Lunatic asylums Central Provinces reports 1874-1885 - 1874-1885
Year: 1874
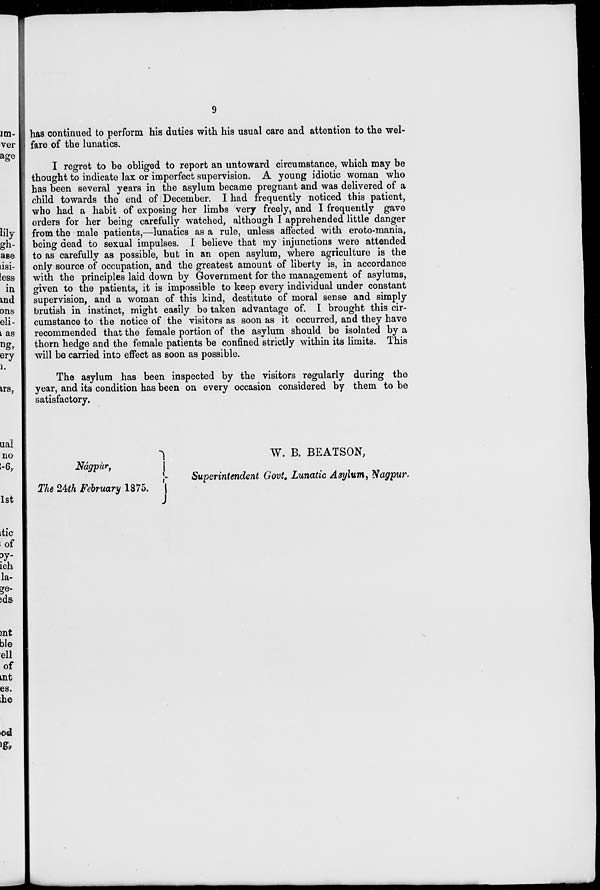
9
has continued to perform his duties with his usual care and attention to the wel-
fare of the lunatics.
I regret to be obliged to report an untoward circumstance, which may be
thought to indicate lax or imperfect supervision. A young idiotic woman who
has been several years in the asylum became pregnant and was delivered of a
child towards the end of December. I had frequently noticed this patient,
who had a habit of exposing her limbs very freely, and I frequently gave
orders for her being carefully watched, although I apprehended little danger
from the male patients,—lunatics as a rule, unless affected with eroto-mania,
being dead to sexual impulses. I believe that my injunctions were attended
to as carefully as possible, but in an open asylum, where agriculture is the
only source of occupation, and the greatest amount of liberty is, in accordance
with the principles laid down by Government for the management of asylums,
given to the patients, it is impossible to keep every individual under constant
supervision, and a woman of this kind, destitute of moral sense and simply
brutish in instinct, might easily be taken advantage of. I brought this cir-
cumstance to the notice of the visitors as soon as it occurred, and they have
recommended that the female portion of the asylum should be isolated by a
thorn hedge and the female patients be confined strictly within its limits. This
will be carried into effect as soon as possible.
The asylum has been inspected by the visitors regularly during the
year, and its condition has been on every occasion considered by them to be
satisfactory.
Nágpùr,
The 24th February 1875.
W. B. BEATSON,
Superintendent Govt. Lunatic Asylum, Nagpur.